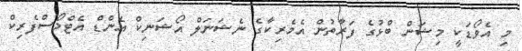
މި އެވޯޑަކީ މިޝަން ބްޅުގެ ފަރާތުން އެމެރިކާގެ ނެޝަނަލް އޯޝަނިކް އެންޑް އެޓްމޯސްފެރިކް